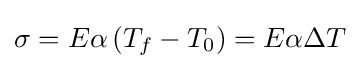
\sigma =E\alpha \left(T_{f}-T_{0}\right)=E\alpha \Delta {T}